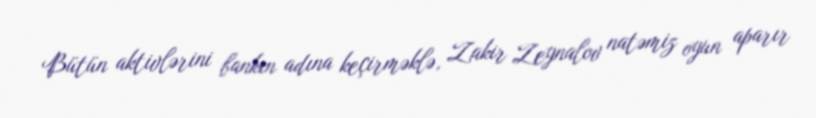
Bütün aktivlərini bankın adına keçirməklə, Zakir Zeynalov natəmiz oyun aparır